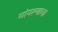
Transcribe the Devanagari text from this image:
मांगल्याचा